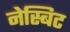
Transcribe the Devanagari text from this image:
नेस्बिट